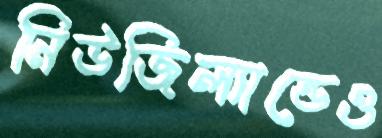
নিউজিল্যান্ডেও